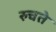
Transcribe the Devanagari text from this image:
रुचते